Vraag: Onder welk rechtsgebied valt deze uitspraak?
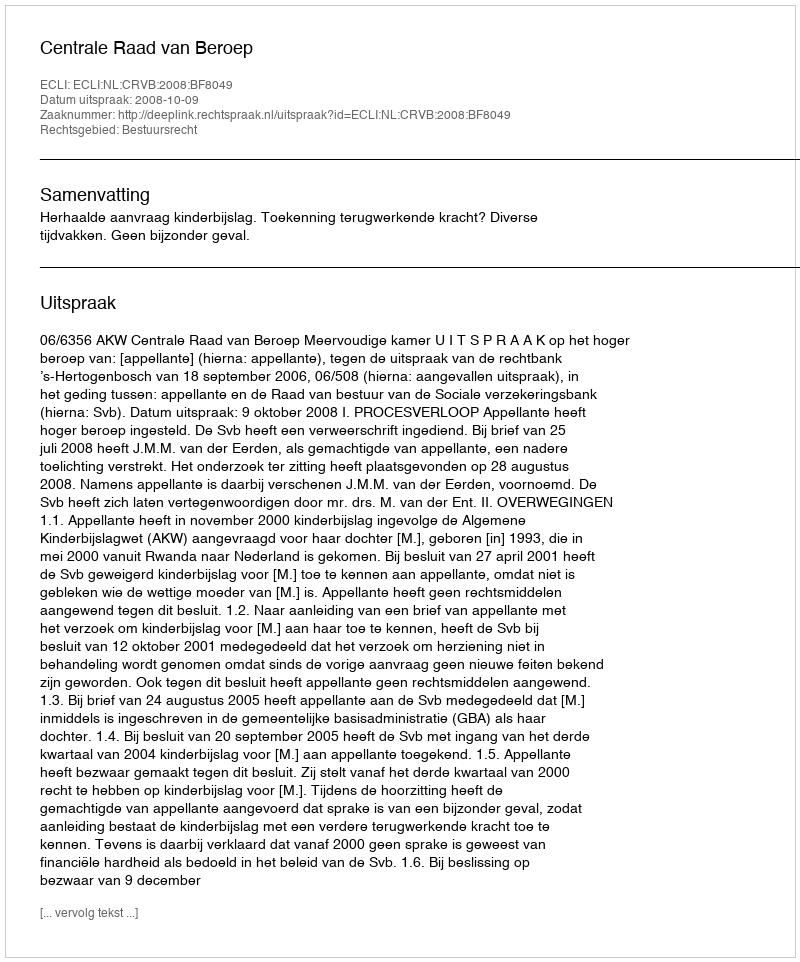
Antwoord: Bestuursrecht